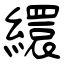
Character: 繯